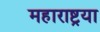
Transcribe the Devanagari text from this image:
महाराष्ट्रया